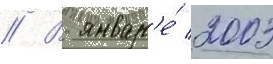
// В январ'е́ 2003